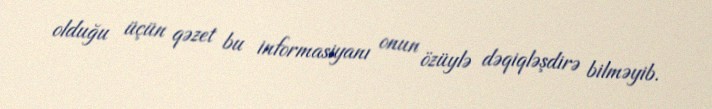
olduğu üçün qəzet bu informasiyanı onun özüylə dəqiqləşdirə bilməyib.